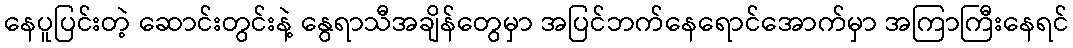
နေပူပြင်းတဲ့ ဆောင်းတွင်းနဲ့ နွေရာသီအချိန်တွေမှာ အပြင်ဘက်နေရောင်အောက်မှာ အကြာကြီးနေရင်